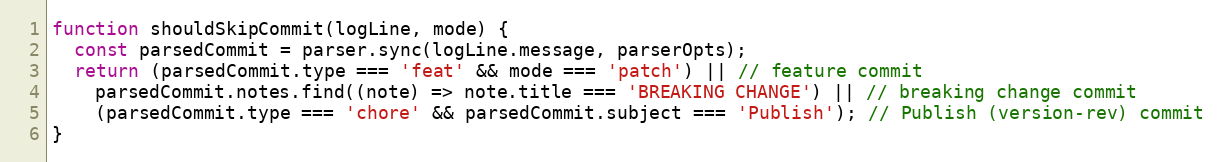
Language: JavaScript
function shouldSkipCommit(logLine, mode) {
  const parsedCommit = parser.sync(logLine.message, parserOpts);
  return (parsedCommit.type === 'feat' && mode === 'patch') || // feature commit
    parsedCommit.notes.find((note) => note.title === 'BREAKING CHANGE') || // breaking change commit
    (parsedCommit.type === 'chore' && parsedCommit.subject === 'Publish'); // Publish (version-rev) commit
}